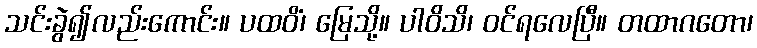
သင်းခွဲ၍လည်းကောင်း။ ပထဝိံ၊ မြေသို့။ ပါဝိသိ၊ ဝင်ရလေပြီ။ တထာဂတော၊